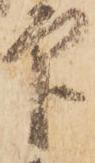
印